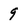
Character: 9